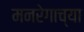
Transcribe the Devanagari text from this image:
मनरेगाच्या